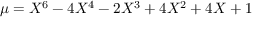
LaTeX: \mu = X ^ { 6 } - 4 X ^ { 4 } - 2 X ^ { 3 } + 4 X ^ { 2 } + 4 X + 1